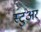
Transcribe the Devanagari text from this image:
स्टुअर